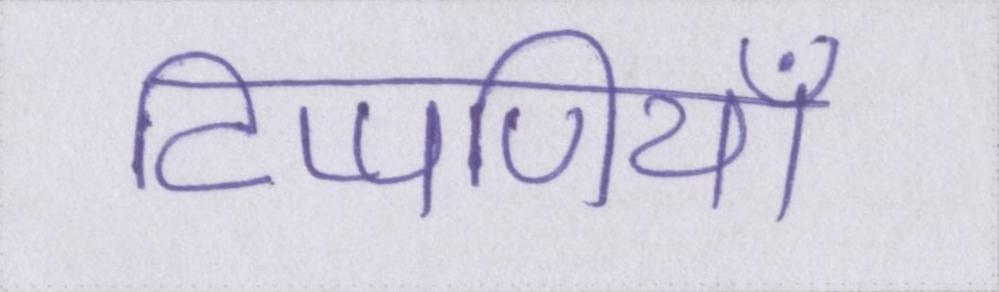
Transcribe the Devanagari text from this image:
टिप्पणियाँ